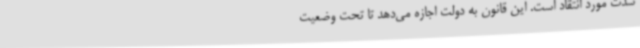
شدت مورد انتقاد است. این قانون به دولت اجازه می‌دهد تا تحت وضعیت